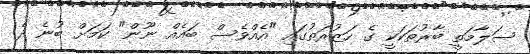
ސަލާމަތީ ބާރުތަކަކީ ގެ ހަޒުރަތުގައި "އެއްވެސް ބައެއް ނޫން" ކަމަށް ބުނެ ދެ